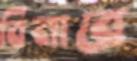
বিনারে